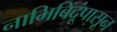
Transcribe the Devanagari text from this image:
नाभिबिंदूंपासून